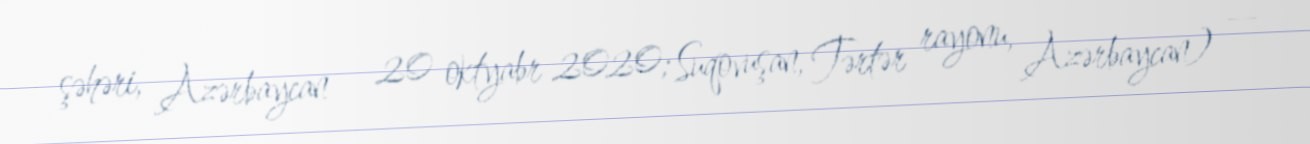
şəhəri, Azərbaycan — 20 oktyabr 2020; Suqovuşan, Tərtər rayonu, Azərbaycan) —